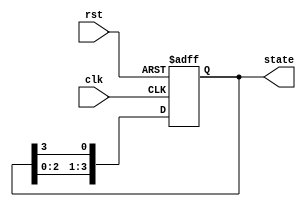
module bistable_ring_counter (
    input wire clk,            // Clock input
    input wire rst,            // Asynchronous reset input
    output reg [3:0] state     // 4-bit output state
);

    // Initial state
    initial begin
        state = 4'b1000; // Initialize the counter to 1000
    end

    // Sequential logic: on the rising edge of the clock
    always @(posedge clk or posedge rst) begin
        if (rst) begin
            state <= 4'b1000; // Reset to initial state
        end else begin
            // Shift the '1' through the ring
            state <= {state[2:0], state[3]};
        end
    end

endmodule